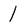
Character: 1